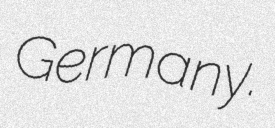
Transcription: Germany.